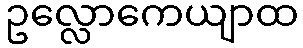
ဥလ္လောကေယျာထ